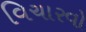
વિચારવો